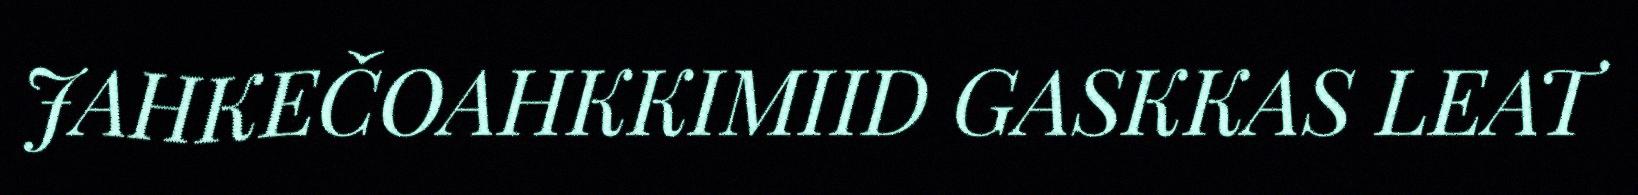
JAHKEČOAHKKIMIID GASKKAS LEAT